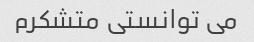
می توانستی متشکرم